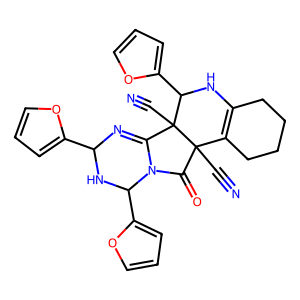
SMILES: N#CC12C(=O)N3C(=NC(c4ccco4)NC3c3ccco3)C1(C#N)C(c1ccco1)NC1=C2CCCC1
Inhibits HIV replication: No